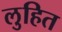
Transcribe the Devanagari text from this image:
लुहित